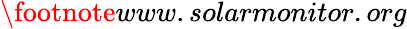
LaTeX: \footnote{www.solarmonitor.org}